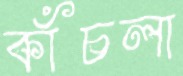
কাঁচলা